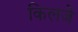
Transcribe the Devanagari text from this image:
किलजे